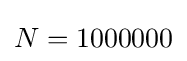
N=1000000